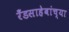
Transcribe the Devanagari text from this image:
रँडसाहेबांच्या